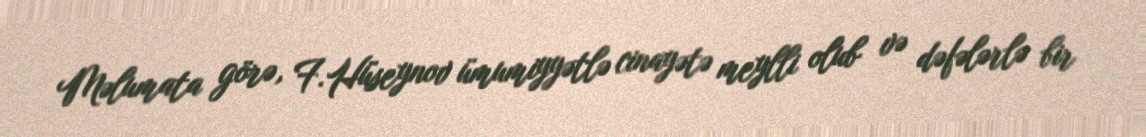
Məlumata görə, F.Hüseynov ümumiyyətlə cinayətə meylli olub və dəfələrlə bir